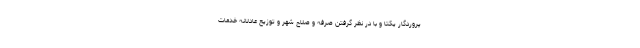
پروردگار یکتا و با در نظر گرفتن صرفه و صلاح شهر و توزیع عادلانه خدمات